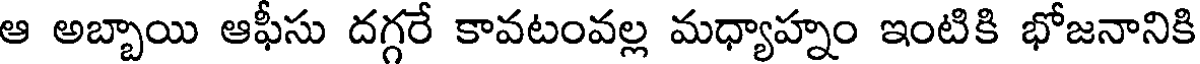
ఆ అబ్బాయి ఆఫీసు దగ్గరే కావటంవల్ల మధ్యాహ్నం ఇంటికి భోజనానికి